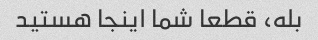
بله، قطعا شما اینجا هستید